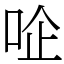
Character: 㖉